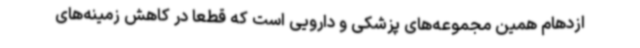
ازدهام همین مجموعه‌های پزشکی و دارویی است که قطعا در کاهش زمینه‌های